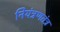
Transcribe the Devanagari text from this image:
नियंत्रणतंत्र